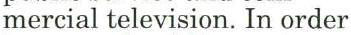
mercial television. In order